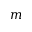
m